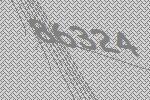
86324